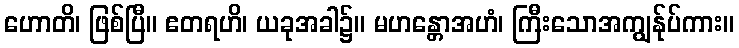
ဟောတိ၊ ဖြစ်ပြီ။ ဧတရဟိ၊ ယခုအခါ၌။ မဟန္တောအဟံ၊ ကြီးသောအကျွန်ုပ်ကား။